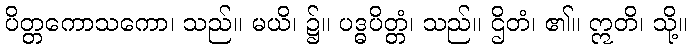
ပိတ္တကောသကော၊ သည်။ မယိ၊ ၌။ ပဒ္ဓပိတ္တံ၊ သည်။ ဌိတံ၊ ၏။ ဣတိ၊ သို့။